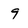
Character: 9